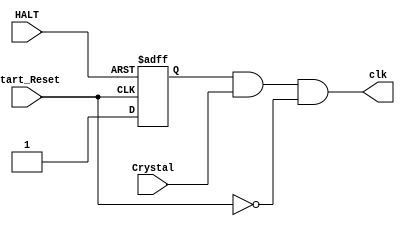
module CLK_maker(Crystal,HALT,Start_Reset,clk);
input Crystal,HALT,Start_Reset;
output clk;
reg Available_mark = 0;


always @ (posedge Start_Reset or posedge HALT)
begin
	if (HALT)
	begin
		Available_mark = 0;
	end

	else if (Start_Reset)
	begin
		Available_mark = 1;
	end
end
assign clk = Available_mark && Crystal && !Start_Reset;
endmodule